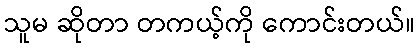
သူမ ဆိုတာ တကယ့်ကို ကောင်းတယ်။